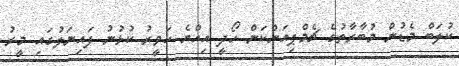
ކުލަބް މެޑުން މުބާރާތުގެ ޗެމްޕިއަންކަން ހޯދީ އިއްޔެ ހަވީރު ކުޅުނު ފައިނަލުގައި މީރު